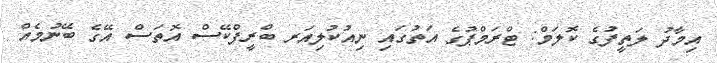
އިމާދު ލަތީފުގެ ކޮލަމް: ޓްރަމްޕުގެ އަތުގައި ނިއުކުލިއަރ ބްރީފްކޭސް އޮތަސް އޭގެ ބޭނުމެއް